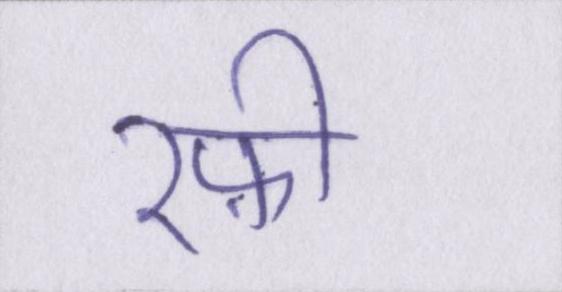
रफ़ी